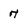
Character: 7